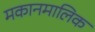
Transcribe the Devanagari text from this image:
मकानमालिक